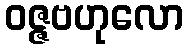
ဝဇ္ဇဗဟုလော